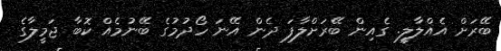
ބޭރަށް އެއްލާލީ. ގެއިން ބޭރަށްލާފަ ދެން އޭނަ ހޯދުމުގެ ބޭނުމެއް ކޮބާ ޖަމީލާގެ